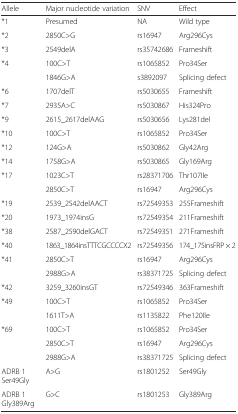
| Allele | Major nucleotide variation | SNV | Effect |
 | --- | --- | --- | --- |
 | *1 | Presumed | NA | Wild type |
 | *2 | 2850C>G | rs16947 | Arg296Cys |
 | *3 | 2549delA | rs35742686 | Frameshift |
 | <ROWSPAN=2> *4 | 100C>T | rs1065852 | Pro34Ser |
 | 1846G>A | s3892097 | Splicing defect |
 | *6 | 1707delT | rs5030655 | Frameshift |
 | *7 | 2935A>C | rs5030867 | His324Pro |
 | *9 | 2615_2617delAAG | rs5030656 | Lys281del |
 | *10 | 100C>T | rs1065852 | Pro34Ser |
 | *12 | 124G>A | rs5030862 | Gly42Arg |
 | *14 | 1758G>A | rs5030865 | Gly169Arg |
 | <ROWSPAN=2> *17 | 1023C>T | rs28371706 | Thr107Ile |
 | 2850C>T | rs16947 | Arg296Cys |
 | *19 | 2539_2542delAACT | rs72549353 | 255Frameshift |
 | *20 | 1973_1974insG | rs72549354 | 211Frameshift |
 | *38 | 2587_2590delGACT | rs72549351 | 271Frameshift |
 | *40 | 1863_1864insTTTCGCCCCX2 | rs72549356 | 174_175insFRP × 2 |
 | <ROWSPAN=2> *41 | 2850C>T | rs16947 | Arg296Cys |
 | 2988G>A | rs38371725 | Splicing defect |
 | *42 | 3259_3260insGT | rs72549346 | 363Frameshift |
 | <ROWSPAN=2> *49 | 100C>T | rs1065852 | Pro34Ser |
 | 1611T>A | rs1135822 | Phe120Ile |
 | <ROWSPAN=3> *69 | 100C>T | rs1065852 | Pro34Ser |
 | 2850C>T | rs16947 | Arg296Cys |
 | 2988G>A | rs38371725 | Splicing defect |
 | ADRB 1 Ser49Gly | A>G | rs1801252 | Ser49Gly |
 | ADRB 1 Gly389Arg | G>C | rs1801253 | Gly389Arg |